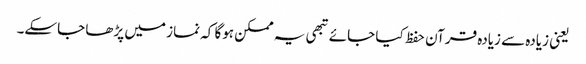
یعنی زیادہ سے زیادہ قرآن حفظ کیا جائے تبھی یہ ممکن ہوگا کہ نماز میں پڑھا جاسکے۔